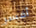
أفسر